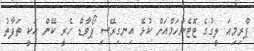
ޕްރިމިއަ ލީގުގެ ޓޮޓެންހަމްއަށް ކުޅޭ އިނގިރޭސި ޕޯވާޑް ހެރީ ކޭން އަކީ ތަފާތު